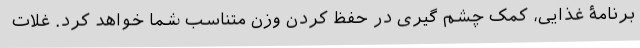
برنامۀ غذایی، کمک چشم گیری در حفظ کردن وزن متناسب شما خواهد کرد. غلات